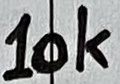
Text: 10K